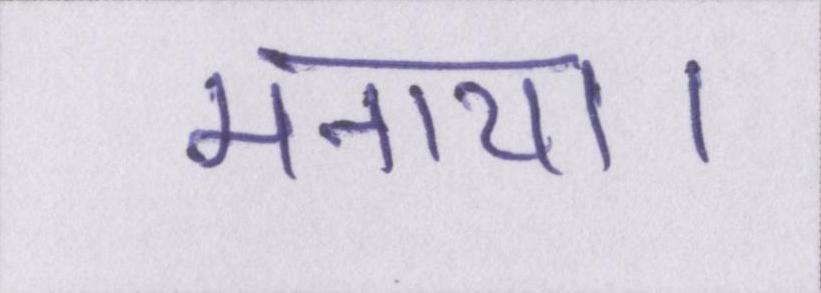
मनाया।